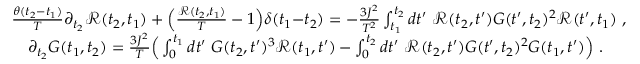
\begin{array} { r l } & { \! \! \! \! \! \! \frac { \theta ( t _ { 2 } { - } t _ { 1 } ) } { T } \partial _ { t _ { 2 } } \mathcal { R } ( t _ { 2 } , t _ { 1 } ) + \Big ( \frac { \mathcal { R } ( t _ { 2 } , t _ { 1 } ) } { T } - 1 \Big ) \delta ( t _ { 1 } { - } t _ { 2 } ) = - \frac { 3 J ^ { 2 } } { T ^ { 2 } } \int _ { t _ { 1 } } ^ { t _ { 2 } } d t ^ { \prime } \ \mathcal { R } ( t _ { 2 } , t ^ { \prime } ) G ( t ^ { \prime } , t _ { 2 } ) ^ { 2 } \mathcal { R } ( t ^ { \prime } , t _ { 1 } ) ~ , } \\ & { \partial _ { t _ { 2 } } G ( t _ { 1 } , t _ { 2 } ) = \frac { 3 J ^ { 2 } } { T } \Big ( \int _ { 0 } ^ { t _ { 1 } } d t ^ { \prime } \ G ( t _ { 2 } , t ^ { \prime } ) ^ { 3 } \mathcal { R } ( t _ { 1 } , t ^ { \prime } ) - \int _ { 0 } ^ { t _ { 2 } } d t ^ { \prime } \ \mathcal { R } ( t _ { 2 } , t ^ { \prime } ) G ( t ^ { \prime } , t _ { 2 } ) ^ { 2 } G ( t _ { 1 } , t ^ { \prime } ) \Big ) ~ . } \end{array}